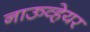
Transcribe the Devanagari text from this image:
नाऊव्हेयर